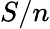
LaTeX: S/n